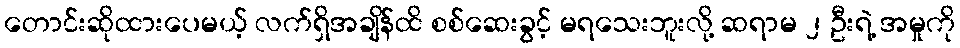
တောင်းဆိုထားပေမယ့် လက်ရှိအချိန်ထိ စစ်ဆေးခွင့် မရသေးဘူးလို့ ဆရာမ ၂ ဦးရဲ့ အမှုကို